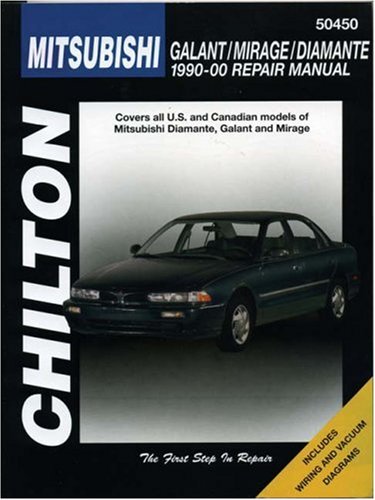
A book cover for Mitsubishi Galant, Mirage, and Diamante, 1990-00 (Haynes Repair Manuals); Chilton; Engineering & Transportation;